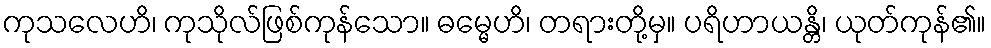
ကုသလေဟိ၊ ကုသိုလ်ဖြစ်ကုန်သော။ ဓမ္မေဟိ၊ တရားတို့မှ။ ပရိဟာယန္တိ၊ ယုတ်ကုန်၏။